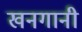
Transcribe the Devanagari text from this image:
खनगानी